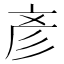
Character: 彥